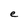
Character: e